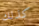
كذلك